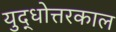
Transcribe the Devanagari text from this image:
युद्धोत्तरकाल